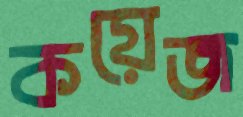
কয়েজ